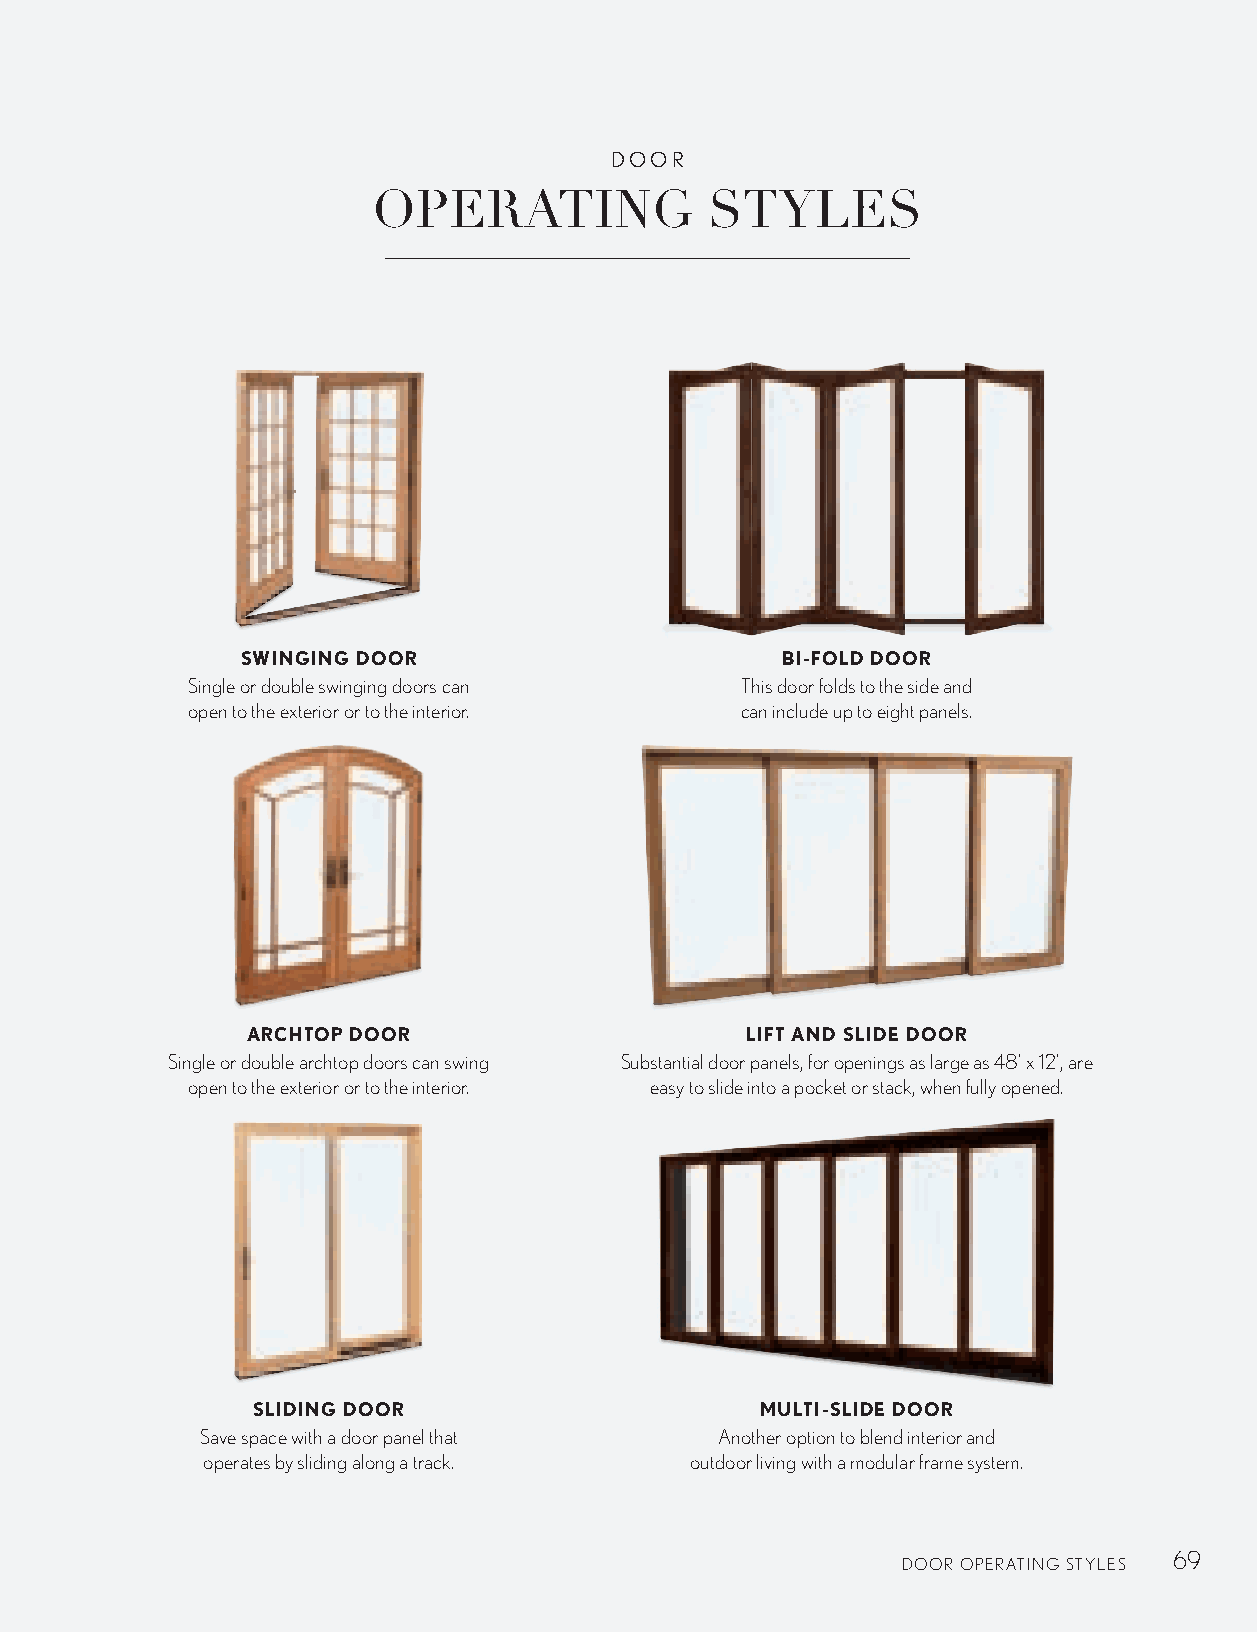
DOOR
 OPERATING             STYLES
 SWINGING DOOR                       BI-FOLD DOOR
 Single or double swinging doors can  This door folds to the side and
 open to the exterior or to the interior. can include up to eight panels.
 ARCHTOP DOOR                     LIFT AND SLIDE DOOR
 Single or double archtop doors can swing Substantial door panels, for openings as large as 48' x 12', are
 open to the exterior or to the interior. easy to slide into a pocket or stack, when fully opened.
 SLIDING DOOR                     MULTI-SLIDE DOOR
 Save space with a door panel that  Another option to blend interior and
 operates by sliding along a track. outdoor living with a modular frame system.
 69
 DOOR OPERATING STYLES